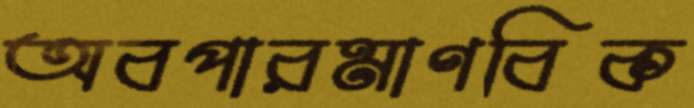
অবপারমাণবিক